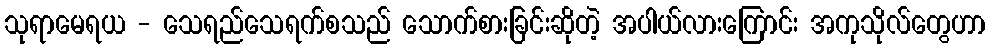
သုရာမေရယ - သေရည်သေရက်စသည် သောက်စားခြင်းဆိုတဲ့ အပါယ်လားကြောင်း အကုသိုလ်တွေဟာ